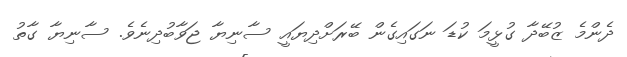
ދެންމެ ޒުބޭދާ ގުޅީމަ ކުޑަ ނަގައިގެން ބޭރަށްދިޔައީ ސާނިޔާ ޖަވާބުދިނެވެ. ސާނިޔާ ގާތު